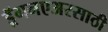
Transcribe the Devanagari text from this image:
ड्रॅगनएअरसाठी